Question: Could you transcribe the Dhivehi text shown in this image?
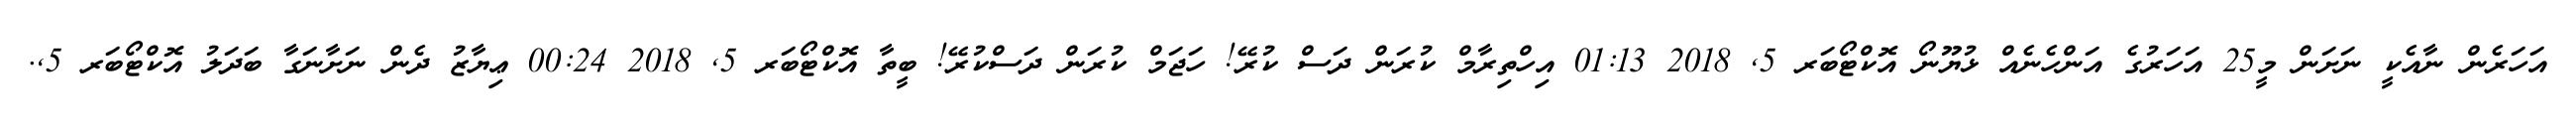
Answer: އަހަރެން ނާއެކީ ނަށަން މީ25 އަހަރުގެ އަންހެނެއް ޅުޔޫނޯ އޮކްޓޯބަރ 5, 2018 01:13 އިހްތިރާމް ކުރަން ދަސް ކުރޭ! ހަޖަމް ކުރަން ދަސްކުރޭ! ބީތާ އޮކްޓޯބަރ 5, 2018 00:24 ޢިޔާޒު ދެން ނަށާނަގާ ބަދަލު އޮކްޓޯބަރ 5,.